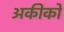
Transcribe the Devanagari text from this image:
अकीको